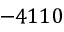
- 4 1 1 0